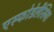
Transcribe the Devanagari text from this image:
एस्फोडेलैसिया